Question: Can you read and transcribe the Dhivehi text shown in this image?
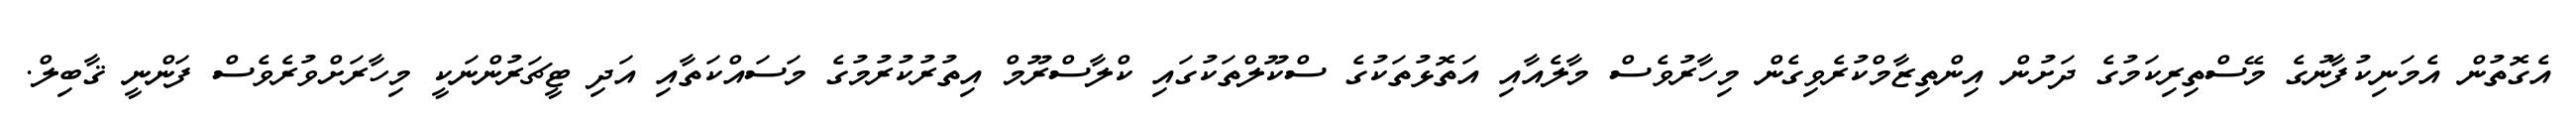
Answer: އެގޮތުން އެމަނިކުފާނުގެ މޭސްތިރިކަމުގެ ދަށުން އިންތިޒާމްކުރެވިގެން މިހާރުވެސް މާލެއާއި އަތޮޅުތަކުގެ ސްކޫލްތަކުގައި ކްލާސްރޫމް އިތުރުކުރުމުގެ މަސައްކަތާއި އަދި ޓީޗަރުންނަކީ މިހާރަށްވުރެވެސް ފަންނީ ޤާބިލް.